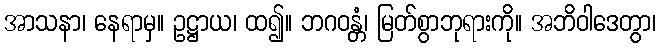
အာသနာ၊ နေရာမှ။ ဥဋ္ဌာယ၊ ထ၍။ ဘဂဝန္တံ၊ မြတ်စွာဘုရားကို။ အဘိဝါဒေတွာ၊